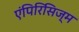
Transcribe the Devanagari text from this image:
एंपिरिसिज्म